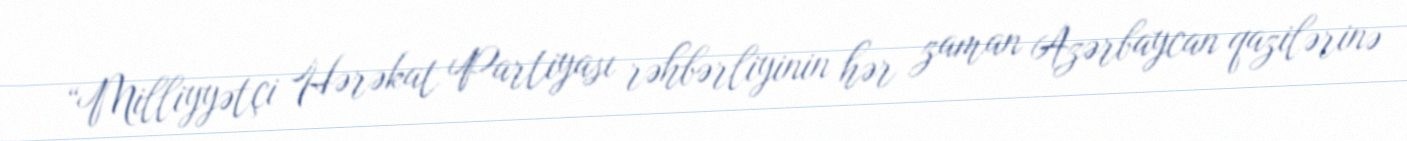
“Milliyyətçi Hərəkat Partiyası rəhbərliyinin hər zaman Azərbaycan qazilərinə